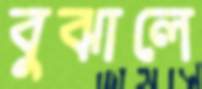
বুঝালে